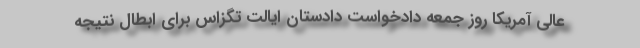
عالی آمریکا روز جمعه دادخواست دادستان ایالت تگزاس برای ابطال نتیجه